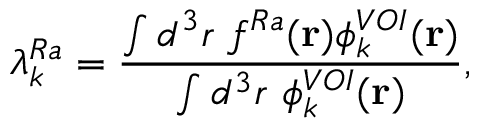
\lambda _ { k } ^ { R a } = \frac { \int d ^ { 3 } r ~ f ^ { R a } ( \mathbf { r } ) \phi _ { k } ^ { V O I } ( \mathbf { r } ) } { \int d ^ { 3 } r ~ \phi _ { k } ^ { V O I } ( \mathbf { r } ) } ,